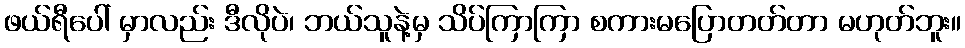
ဖယ်ရီပေါ် မှာလည်း ဒီလိုပဲ၊ ဘယ်သူနဲ့မှ သိပ်ကြာကြာ စကားမပြောတတ်တာ မဟုတ်ဘူး။